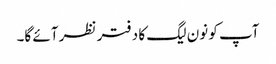
آپ کو نون لیگ کا دفتر نظر آئے گا۔